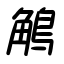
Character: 鵤